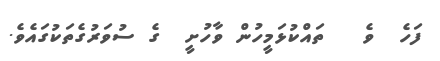
ފަހެ  ވެ   ތައްކުޅަމީހުން ވާހުށީ  ގެ ސުވަރުގެތަކުގައެވެ.